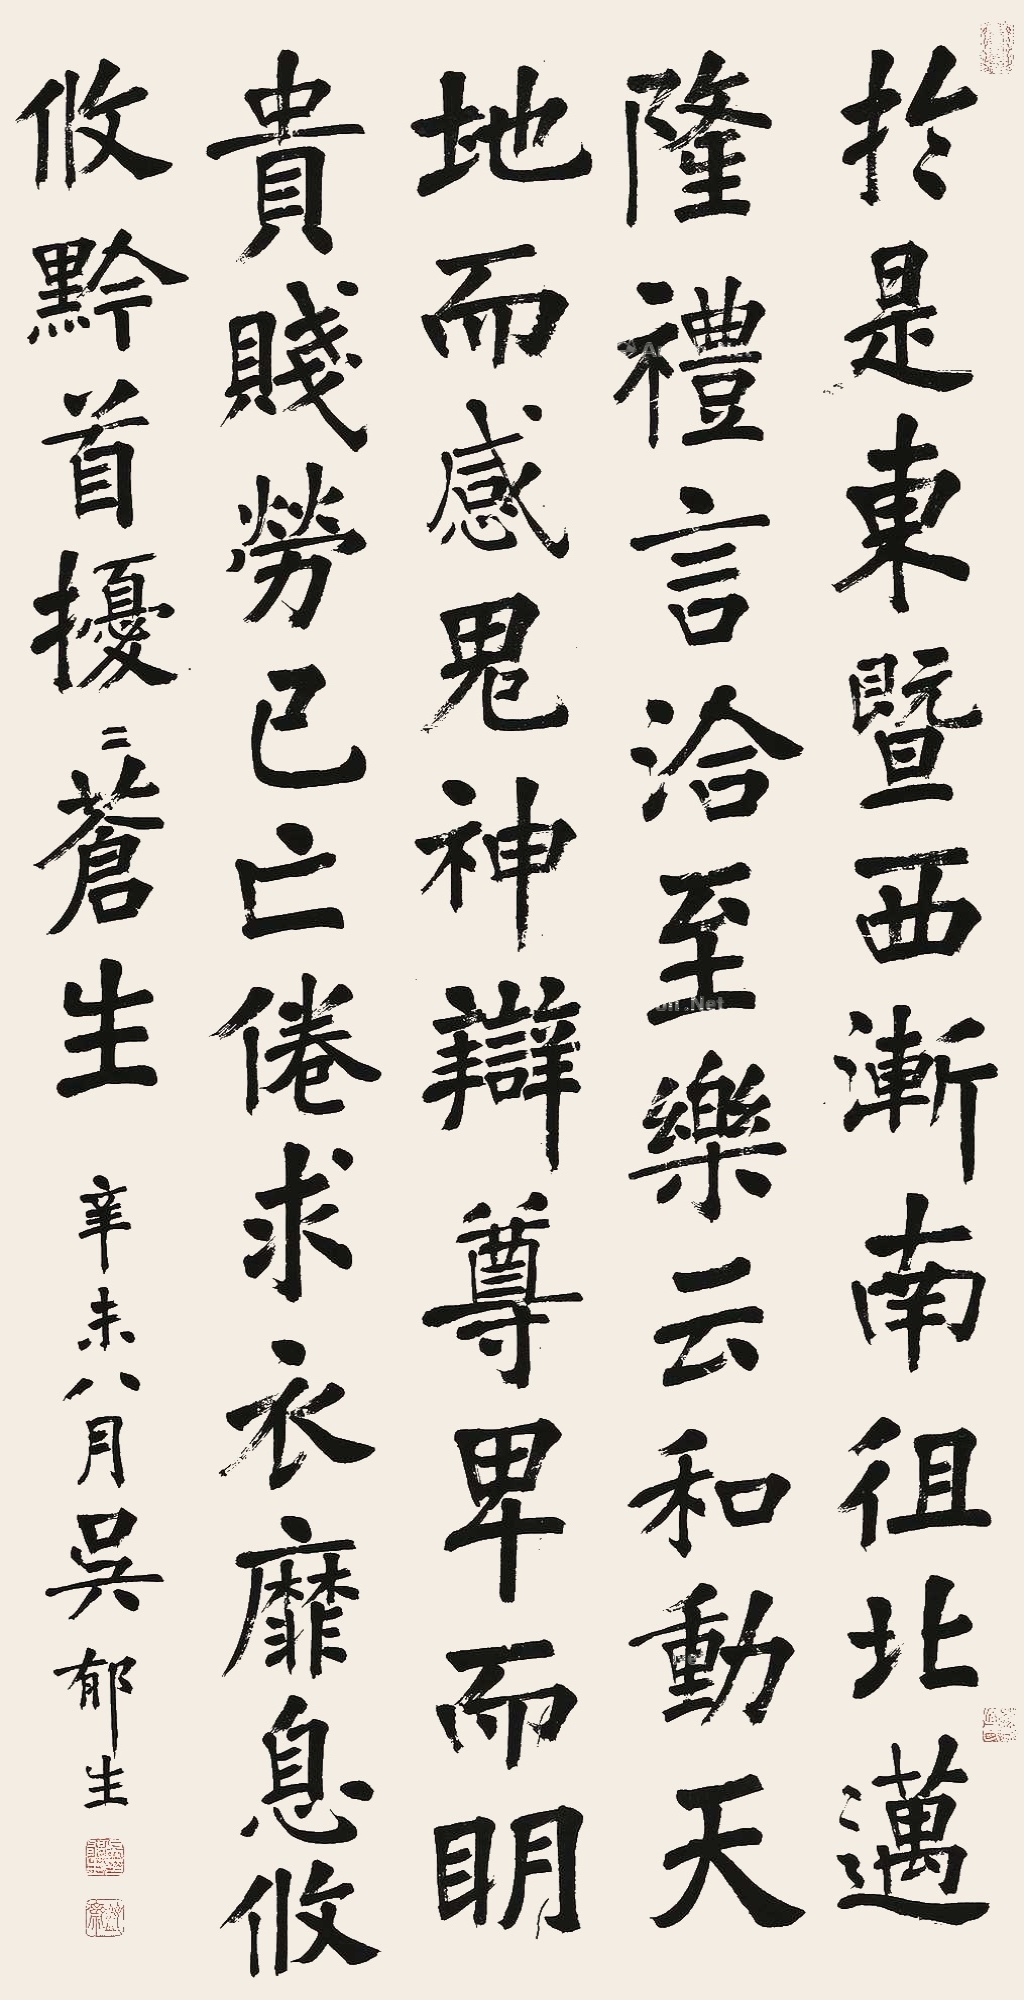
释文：于是东暨西渐，南徂北迈，隆礼言洽，至乐云和，动天地而感鬼神，辩尊卑而明贵贱，劳已亡倦，求衣靡息，攸攸黔首，扰扰苍生。辛未八月，吴郁生。